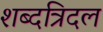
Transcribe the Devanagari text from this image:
शब्दत्रिदल